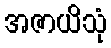
အဇာယိသုံ